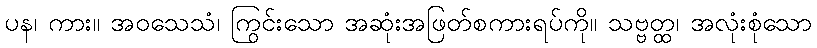
ပန၊ ကား။ အဝသေသံ၊ ကြွင်းသော အဆုံးအဖြတ်စကားရပ်ကို။ သဗ္ဗတ္ထ၊ အလုံးစုံသော